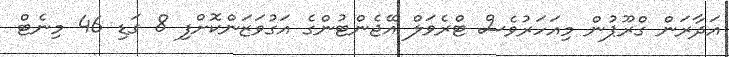
އަދާރަން ގްރޫޕުން މިއަހަރުވެސް ޓްރެވަލް އޭޖެންޓުންގެ އަގުވަޒަންކޮށްފި 8 ގަޑި 46 މިނެޓް